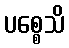
ပစ္စေသိ